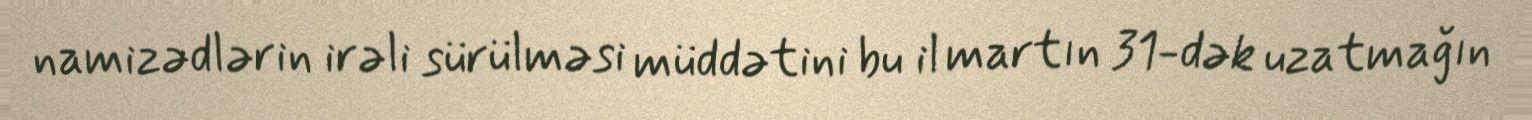
namizədlərin irəli sürülməsi müddətini bu il martın 31-dək uzatmağın